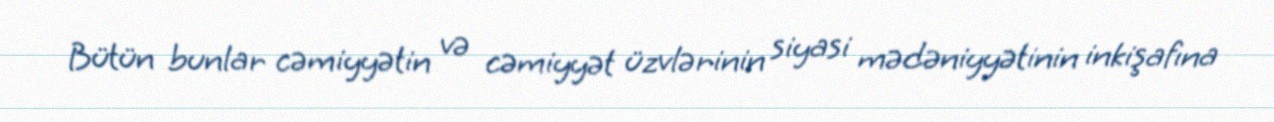
Bütün bunlar cəmiyyətin və cəmiyyət üzvlərinin siyasi mədəniyyətinin inkişafına